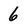
Character: 6